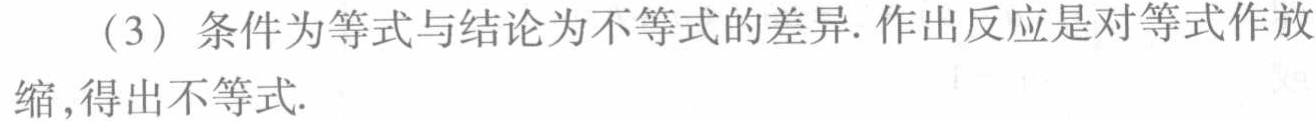
（3）条件为等式与结论为不等式的差异. 作出反应是对等式作放缩,得出不等式.